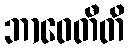
ဘာဝေတီတိ